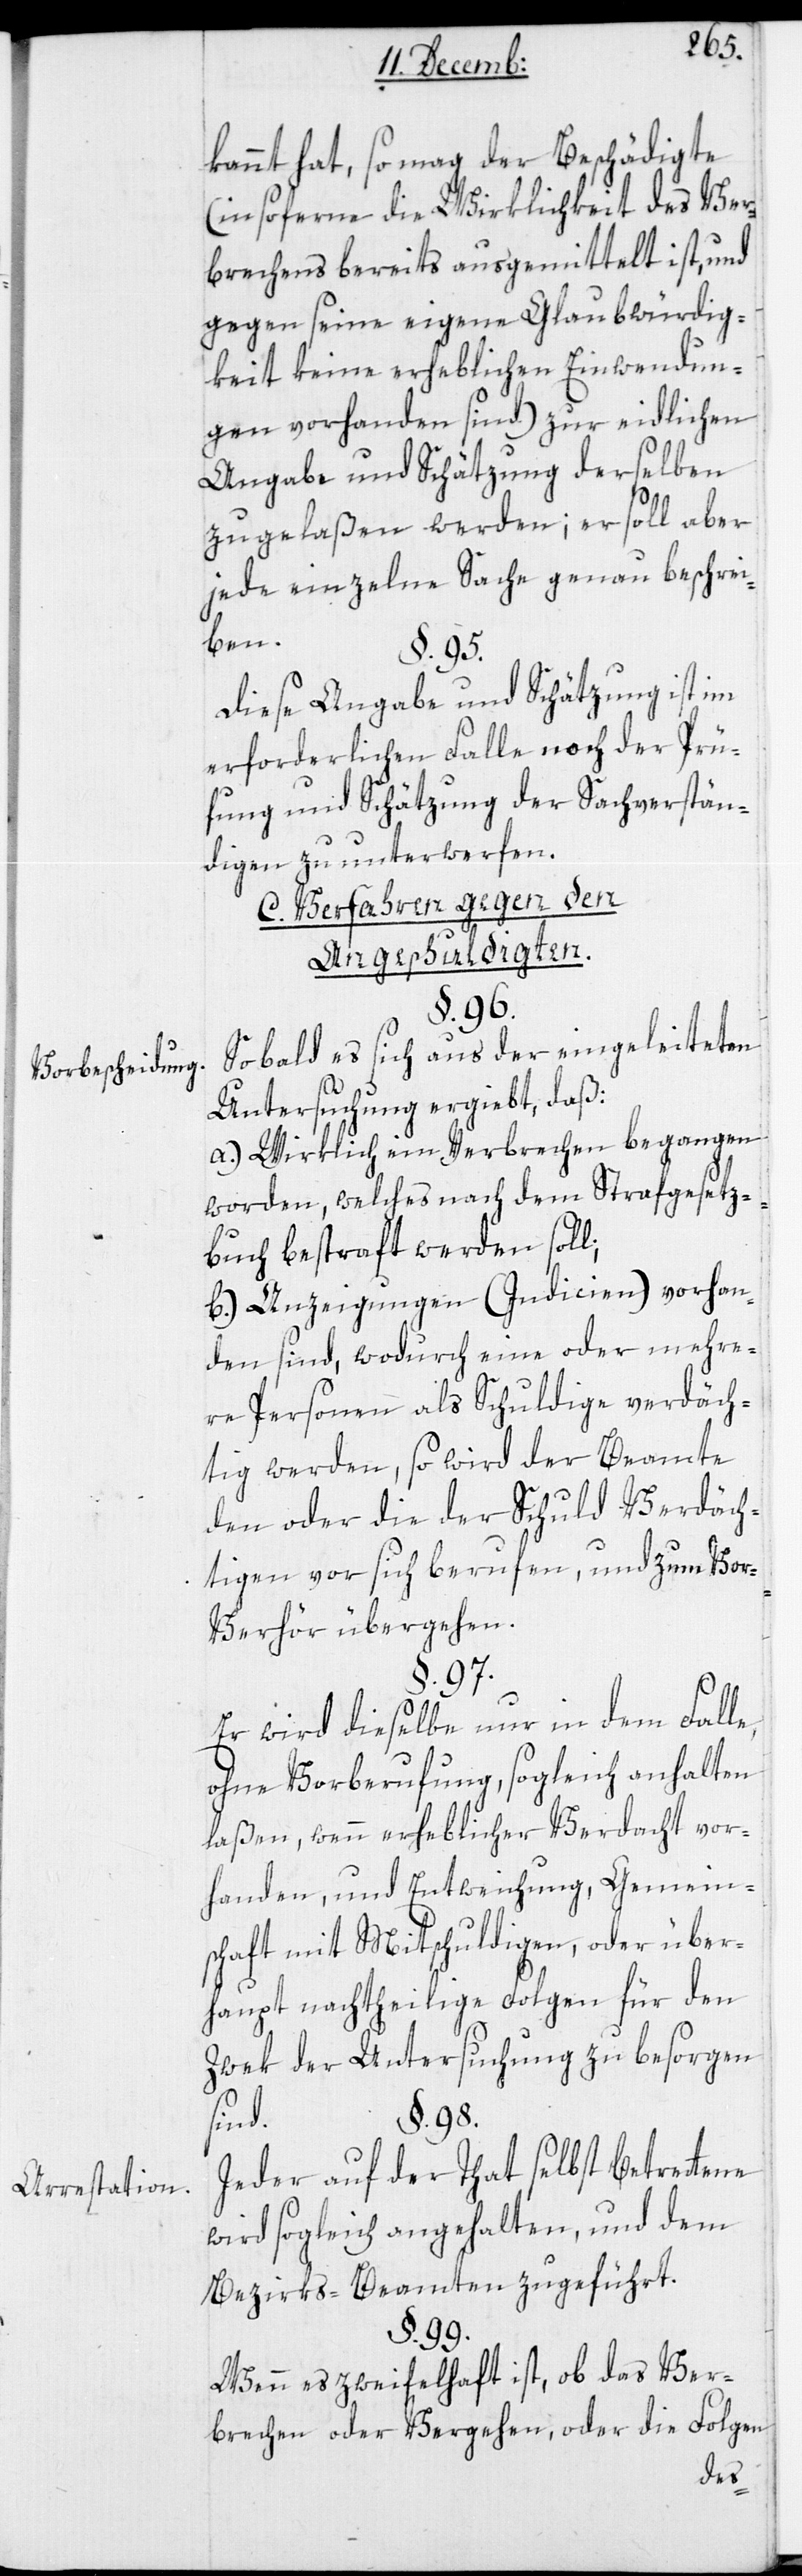
Vorbescheidung.
Arrestation.

kannt hat, so mag der Beschädigte
(insoferne die Wirklichkeit des Ver¬
brechens bereits ausgemittelt ist, und
gegen seine eigene Glaubwürdig¬
keit keine erheblichen Einwendun¬
gen vorhanden sind) zur eidlichen
Angabe und Schätzung derselben
zugelaßen werden; er soll aber
jede einzelne Sache genau beschrei¬
ben.
Diese Angaben und Schätzung ist im
erforderlichen Falle nach der Prü¬
fung und Schätzung der Sachverstän¬
digen zu unterwerfen.
C. Verfahren gegen den
Angeschuldigten.
§. 96.
Sobald es sich aus der eingeleiteten
Untersuchung ergiebt, daß:
a.) Wirklich ein Verbrechen begangen
worden, welches nach dem Strafgesetz¬
buch beßtraft werden soll;
b.) Anzeigungen (Indicien) vorhan¬
den sind, wodurch eine oder mehre¬
re Personen als Schuldige verdäch¬
tig werden, so wird der Beamte
den oder die der Schuld Verdäch¬
tigen vor sich berufen, und zum Vor¬
verhör übergeben.
§. 97.
Er wird dieselbe nur in dem Falle,
ohne Vorberufung, sogleich anhalten
laßen, wenn erheblicher Verdacht vor¬
handen, und Entweichung, Gemein¬
schaft mit Mitschuldigen, oder über¬
haupt nachtheilige Folgen für den
Zwek der Untersuchung zu besorgen
§. 98.
sind.
Jeder auf der Tat selbst Betrettene
wird sogleich angehalten und dem
Bezirksbeamten zugeführt.
§. 99.
Wenn es zweifelhaft ist, ob das Ver¬
brechen oder Vergehen, oder die Folgen